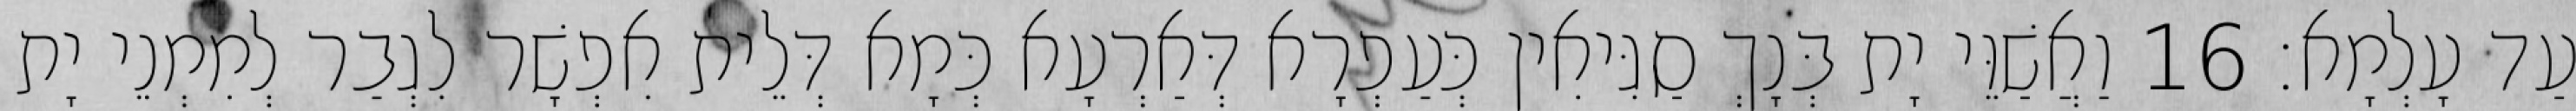
עַד עָלְמָא׃ 16 וַאֲשַׁוֵּי יָת בְּנָךְ סַגִּיאִין כְּעַפְרָא דְּאַרְעָא כְּמָא דְּלֵית אִפְשָׁר לִגְבַר לְמִמְנֵי יָת